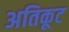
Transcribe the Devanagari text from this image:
अतिकूट